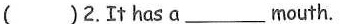
( )2.It has a ___ mouth.